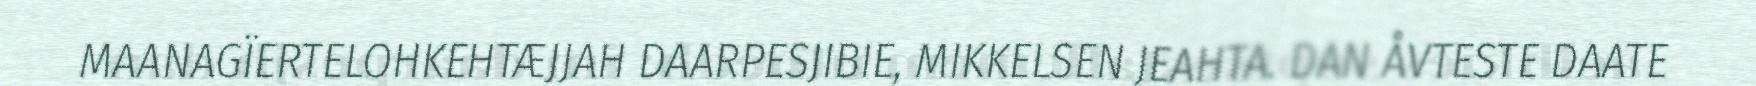
MAANAGÏERTELOHKEHTÆJJAH DAARPESJIBIE, MIKKELSEN JEAHTA. DAN ÅVTESTE DAATE